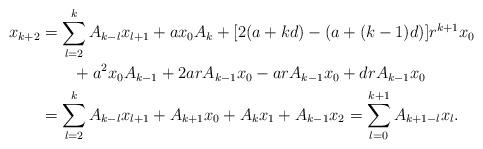
LaTeX: \begin{align*}x_{k+2}&=\sum_{l=2}^kA_{k-l} x_{l+1}+ a x_0 A_k + [2(a+kd)-(a+(k-1)d)]r^{k+1}x_0 \\&\quad\quad+ a^2x_0 A_{k-1} + 2arA_{k-1}x_0 -arA_{k-1}x_0+drA_{k-1}x_0\\&=\sum_{l=2}^kA_{k-l}x_{l+1}+A_{k+1}x_0 + A_k x_1 + A_{k-1} x_2=\sum_{l=0}^{k+1}A_{k+1-l}x_l.\end{align*}